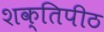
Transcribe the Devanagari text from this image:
शक्‍ितपीठ